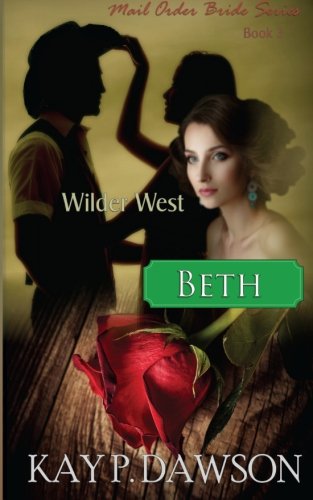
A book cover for Beth: Mail Order Bride Series Book 3 (Wilder West) (Volume 3); Kay P. Dawson; Romance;